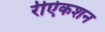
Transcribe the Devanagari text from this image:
रीऐकशन